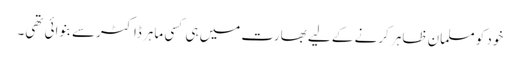
خود کو مسلمان ظاہر کرنے کے لیے بھارت میں ہی کسی ماہر ڈاکٹرسے بنوائی تھی۔